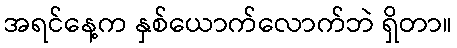
အရင်နေ့က နှစ်ယောက်လောက်ဘဲ ရှိတာ။